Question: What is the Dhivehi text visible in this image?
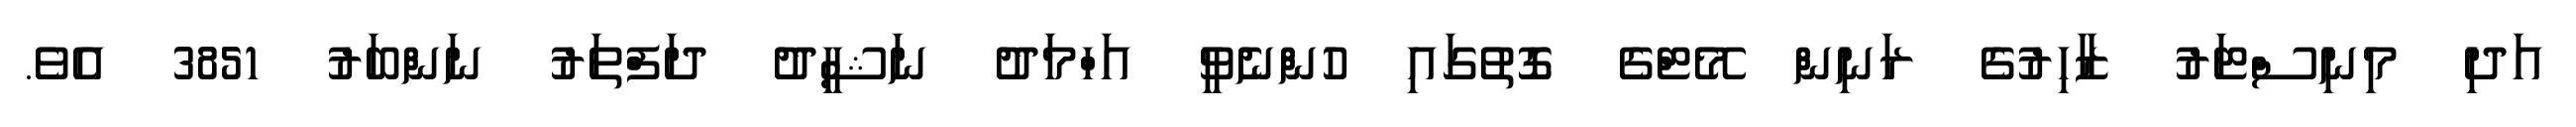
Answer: އަދި މިނިސްޓަރު ޒާހިރުގެ ރަނިން މޭޓްގެ ގޮތުގައި ހުންނެވީ އަހްމަދު ނަޝީދު ދަފްތަރު ނަންބަރު 3851 އެވެ.